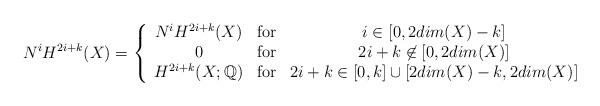
LaTeX: \begin{align*}N^i H^{2i+k}(X) = \left\{ \begin{array}{ccc}N^i H^{2i+k}(X) & \mbox{for}& i\in [0, 2dim(X)-k] \\ 0 & \mbox{for} & 2i+k\not\in [0,2dim(X)] \\H^{2i+k}(X;\mathbb Q) & \mbox{for} & 2i+k\in [0, k]\cup [2dim(X)-k, 2dim(X)]\end{array}\right.\end{align*}